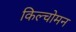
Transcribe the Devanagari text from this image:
किल्चोमन